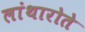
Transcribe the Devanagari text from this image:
लांथारोते